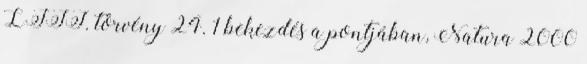
LIII. törvény 24. 1 bekezdés a pontjában, Natura 2000